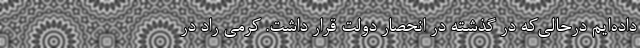
داده‌ایم درحالی‌که در گذشته در انحصار دولت قرار داشت. کرمی راد در